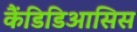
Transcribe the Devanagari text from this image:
कैंडिडिआसिस